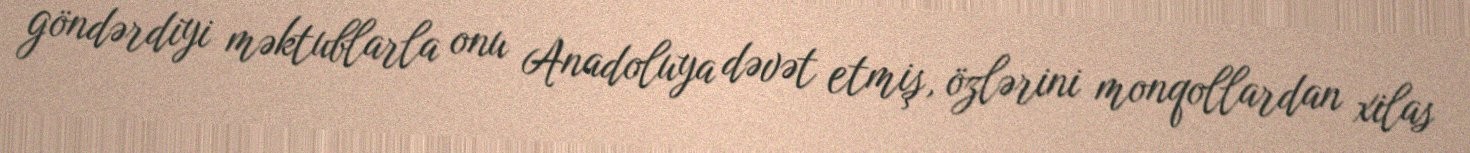
göndərdiyi məktublarla onu Anadoluya dəvət etmiş, özlərini monqollardan xilas